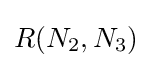
R(N_{2},N_{3})